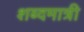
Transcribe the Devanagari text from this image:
शब्दमात्री